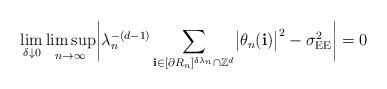
LaTeX: \begin{align*}\lim_{\delta\downarrow0} \limsup_{n\to\infty} \biggl| {\lambda}_{n}^{-(d-1)} \sum_{\mathbf{i}\in[\partial R_n]^{\delta{\lambda}_{n}}\cap\mathbb{Z}^d} \bigl|\theta_n(\mathbf{i})\bigr|^2 - \sigma_{\mathrm{EE}}^2\biggr| =0\end{align*}